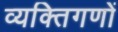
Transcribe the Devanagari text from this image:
व्यक्तिगणों